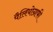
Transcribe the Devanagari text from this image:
पैलियोग्राफी